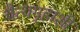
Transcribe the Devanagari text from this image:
चैत्यगृहाशी